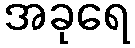
အခုရေ